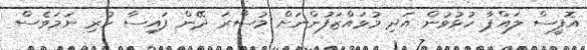
އޮފީސް ލައްޕާ ހުޅުވުން އަދި މުވައްޒަފުންނަށް މުސާރަ ދޭން ފައިސާ ހުރި ނަމަވެސް